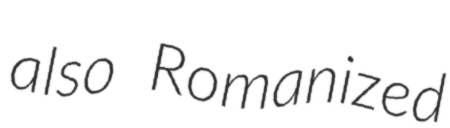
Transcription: also Romanized